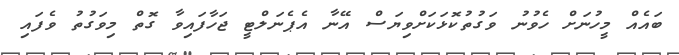
ބައެއް މީހުނަށް ހެވުނު ވަގުތުކޮޅަކަށްވިޔަސް އޭނާ އެޕެނަލްޓީ ޖަހާފައިވާ ގޮތް މިވަގުތު ވެފައި